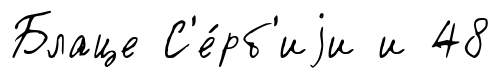
Блаце С'е́рб'иjи и 48